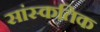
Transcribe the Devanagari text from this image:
सांस्कतिक